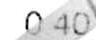
0.40